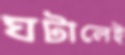
ঘটালেই